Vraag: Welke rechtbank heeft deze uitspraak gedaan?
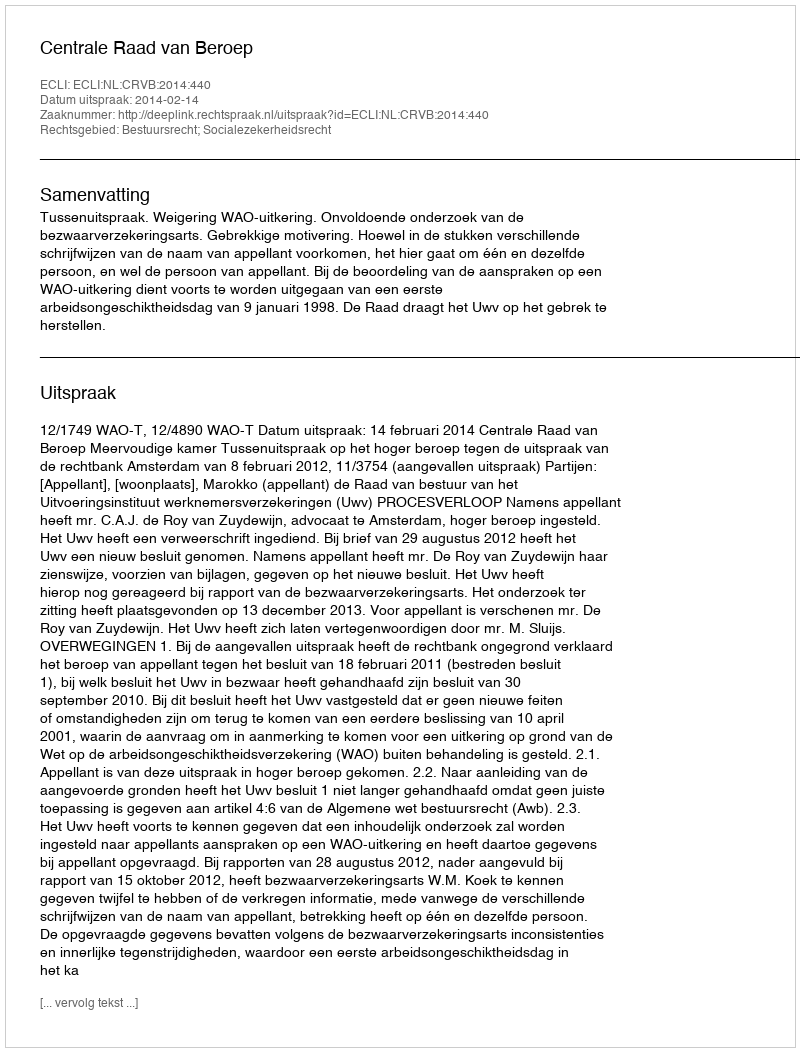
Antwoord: Centrale Raad van Beroep